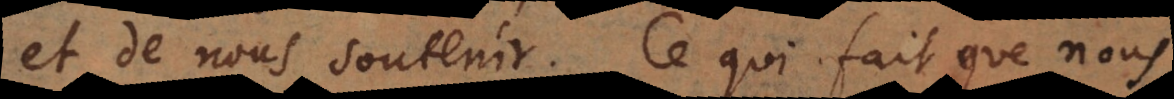
et de nous soutenir. Ce qui fait que nous